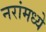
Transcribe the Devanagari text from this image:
नरांमध्ये